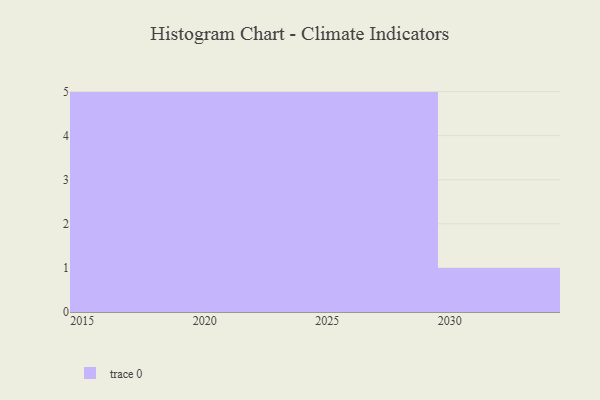
{"axis": {"x": "Year", "y": "Tickets Resolved"}, "legend": [""], "data": [{"x": "2023", "y": 85, "type": ""}, {"x": "2015", "y": 76, "type": ""}, {"x": "2022", "y": 100, "type": ""}, {"x": "2026", "y": 67, "type": ""}, {"x": "2028", "y": 11, "type": ""}, {"x": "2020", "y": 29, "type": ""}, {"x": "2019", "y": 19, "type": ""}, {"x": "2017", "y": 78, "type": ""}, {"x": "2030", "y": 27, "type": ""}, {"x": "2024", "y": 69, "type": ""}, {"x": "2029", "y": 12, "type": ""}, {"x": "2016", "y": 59, "type": ""}, {"x": "2027", "y": 40, "type": ""}, {"x": "2021", "y": 24, "type": ""}, {"x": "2018", "y": 46, "type": ""}, {"x": "2025", "y": 31, "type": ""}]}